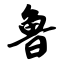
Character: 鲁